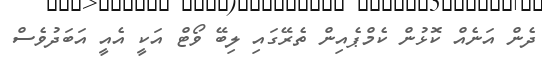
ދެން އަނެއް ކޮޅުން ކެމްޕެއިން ތެރޭގައި ލިބޭ ވޯޓް އަކީ އެއީ އަބަދުވެސް